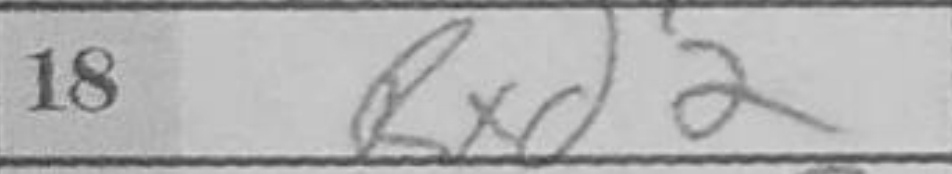
Transcription: Rxd2